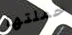
حملتها